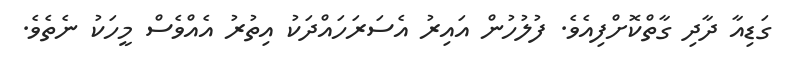
ގަޑިއާ ދާދި ގާތްކޮށްފިއެވެ. ފުލުހުން އައިރު އެސަރަހައްދަކު އިތުރު އެއްވެސް މީހަކު ނެތެވެ.